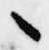
々